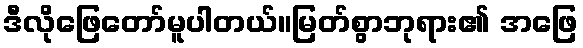
ဒီလိုဖြေတော်မူပါတယ်။မြတ်စွာဘုရား၏ အဖြေ